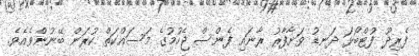
ފެރިދޫ ފުޓްބޯޅަ ދަނޑު ވަށާފާރު ރާނައި ފެންސް ޖެހުމުގެ މަސައްކަތް ކުރަން ބޭނުންވެއެވެ.